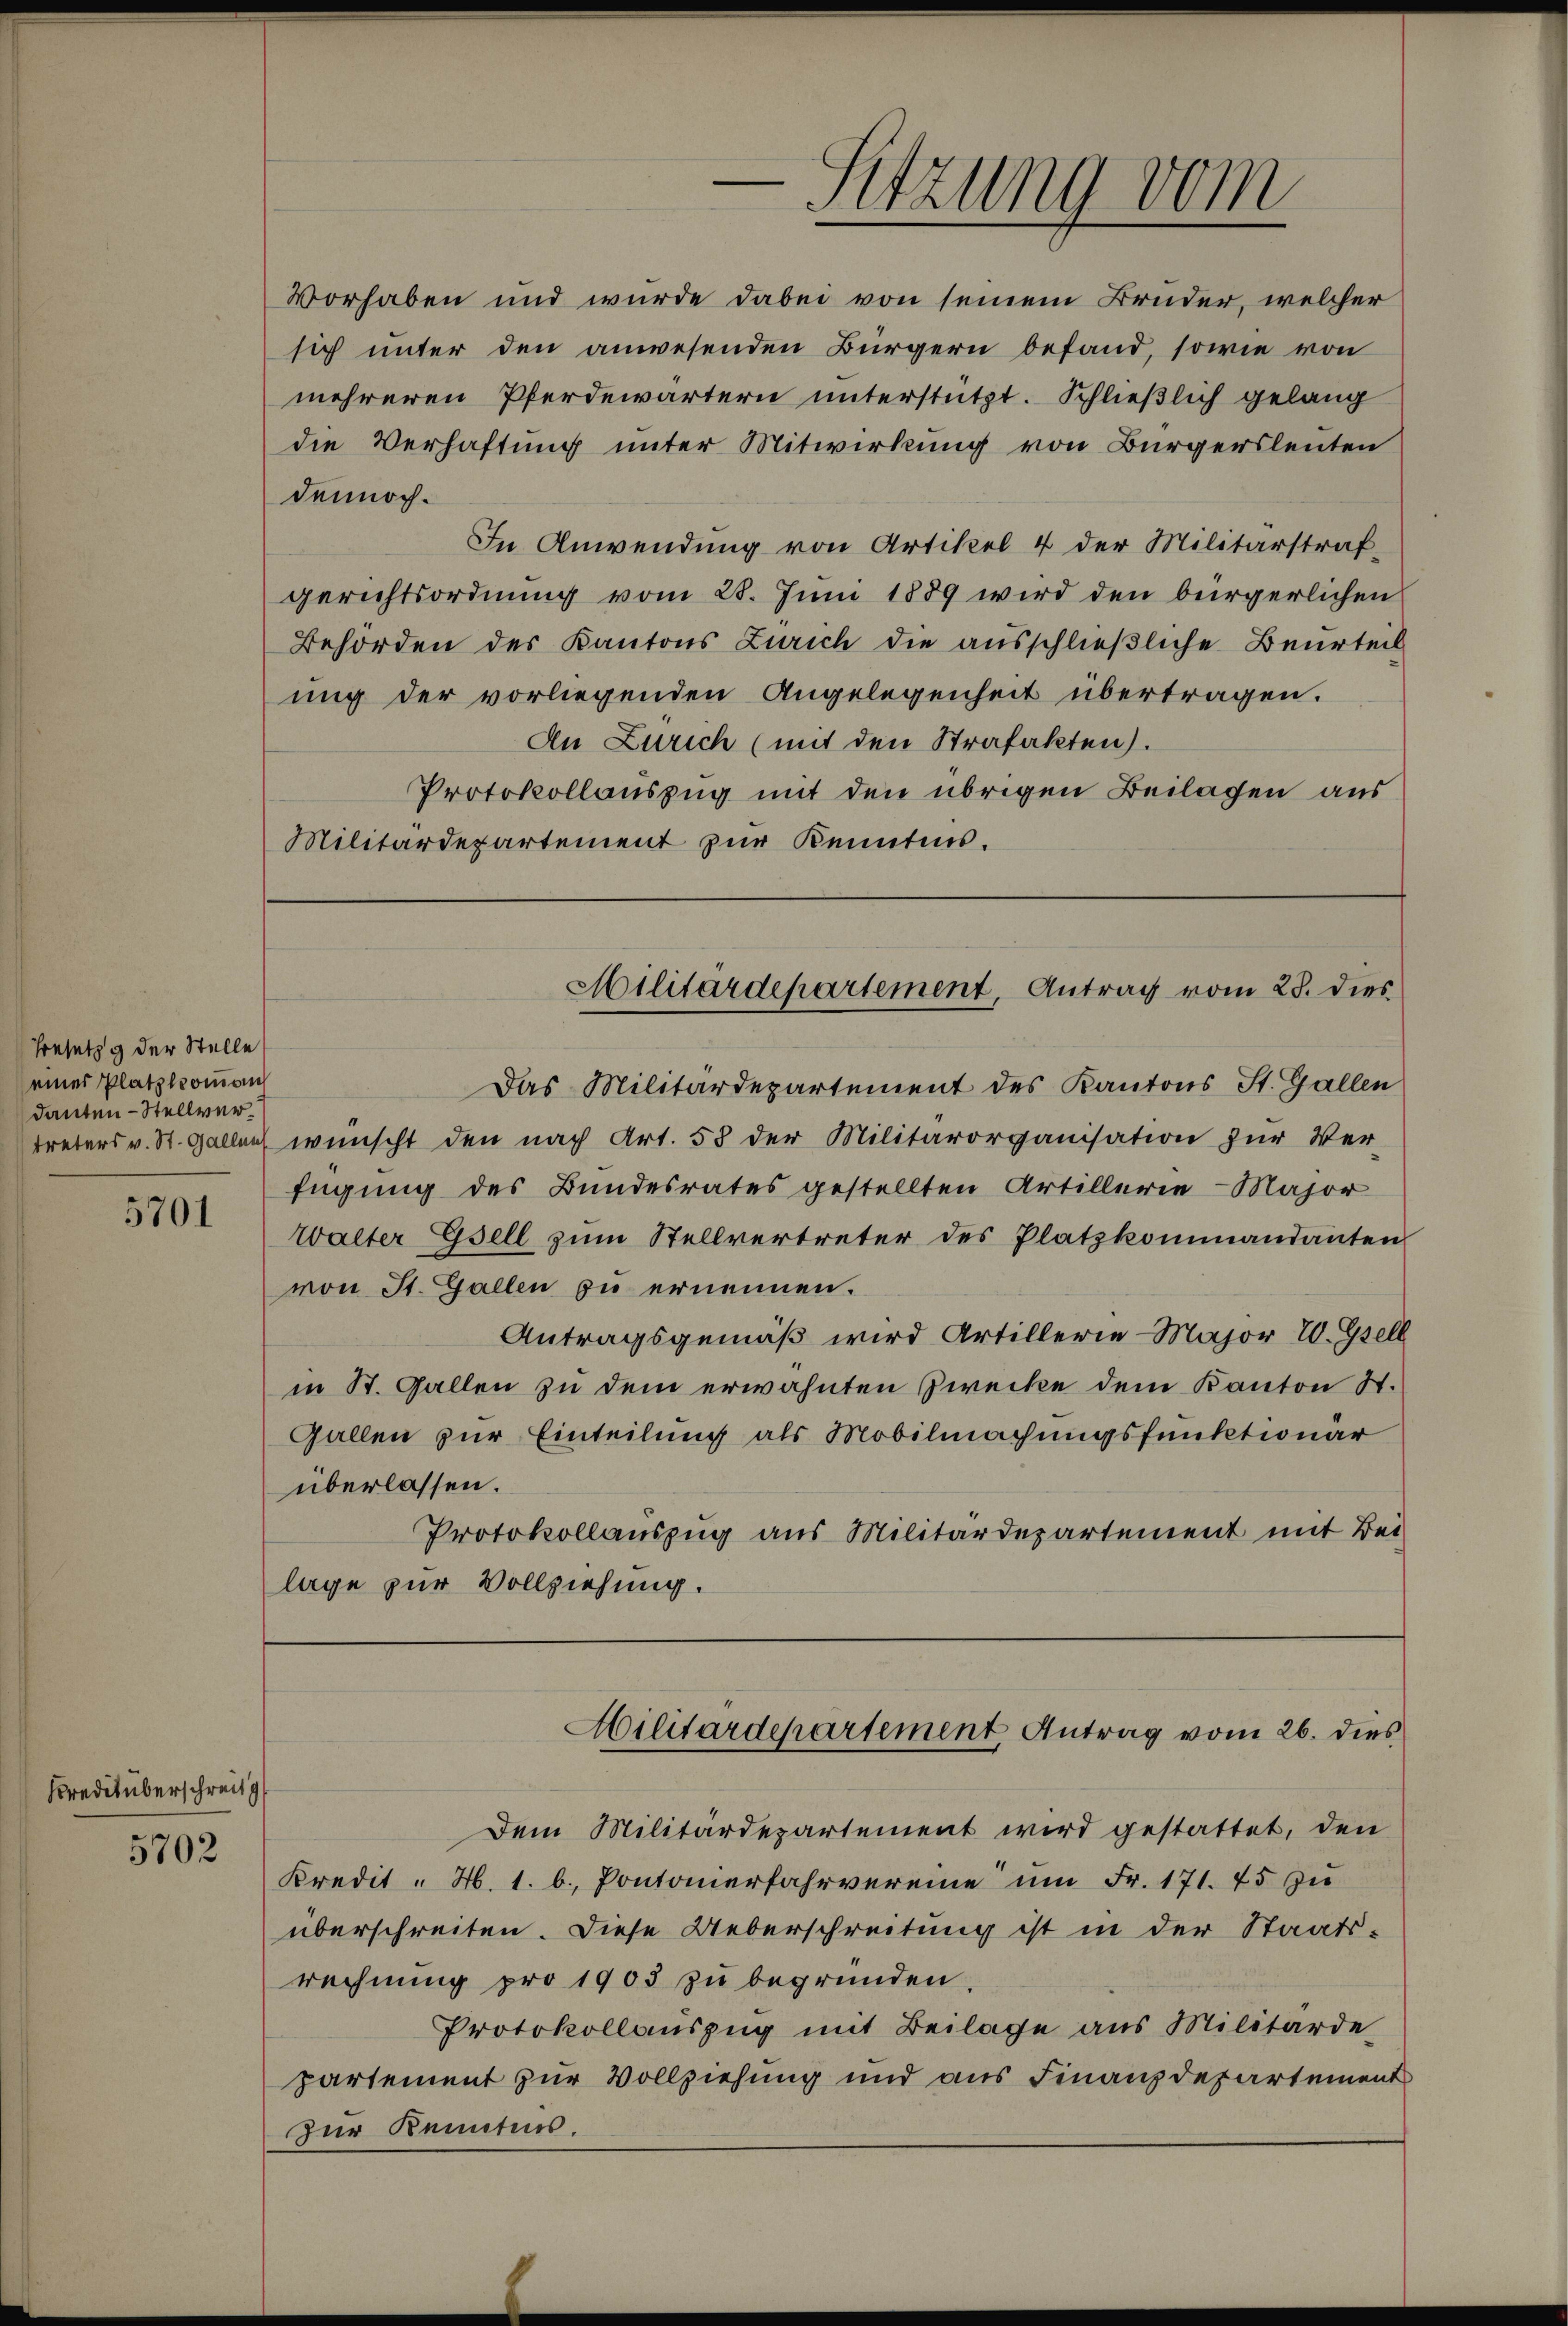
5701

Kredit überschreitg

5702

mehreren Pferdewärtern unterstützt. Schließlich gelang
die Verhaftung unter Mitwirkung von Bürgersleuten
dennoch.
In Anwendung von Artikel 4 der Militärstraf-
gerichtsordnung vom 28. Juni 1889 wird den bürgerlichen
Behörden des Kantons Zürich die ausschließliche Beurteil
ung der vorliegenden Angelegenheit übertragen.
An Zürich (mit den Strafakten).
Protokollauszug mit den übrigen Beilagen aus
Militärdepartement zur Kenntnis.

Besetzg der Stelle
einer Platzkomman
danten- Stellver¬

-Sitzung vom

Vorhaben und wurde dabei von seinem Bruder, welcher
sich unter den anwesenden Bürgern befand, sowie von

Militärdepartement, Antrag vom 23. dies

Dem Militärdepartement wird gestattet, den
Kredit " N. 1. b. Pontonierfahrvereine ŭm Fr. 171. 45 zu
überschreiten. Diese Ueberschreitung ist in der Staats-
rechnŭng pro 1903 zŭ begründen.
Protokollauszug mit Beilage aus Militärde
partement zur Vollziehung und aus Finanzdepartement
zur Kenntnis.

Militärdepartement Antrag vom 26. dies

Das Militärdepartement des Kantons St. Gallen
treters v. St. Gallen wünscht den nach Art. 58 der Militärorganisation zur Ver-
fügung des Bundesrates gestellten Artillerie-Major
walter Gsell zum Stellvertreter des Platzkommandanten
von St. Gallen zu ernennen.
Antragsgemäß wird Artillerie-Major 10. Gsell
in St. Gallen zu dem erwähnten Zwecke dem Kanton St.
Gallen zur Einteilung als Mobilmachungsfunktionär
überlassen.
Protokollauszug aus Militärdepartement mit Bei-
lage zur Vollziehung.